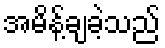
အမိန့်ချခဲ့သည်